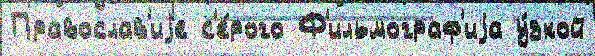
Православ'иjе с'е́рого Ф'ильмограф'иjа у́зкой